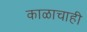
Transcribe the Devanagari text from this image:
काळाचाही